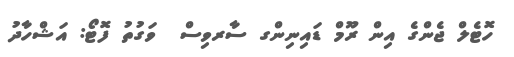
ހޮޓެލް ޖެންގެ އިން ރޫމް ޑައިނިންގ ސާރވިސް  ވަގުތު ފޮޓޯ: އަޝްހާދު